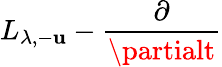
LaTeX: L_{\lambda,-\mathbf{u}}-\frac{{\partial}}{{\partialt}}